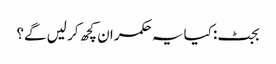
بجٹ: کیا یہ حکمران کچھ کر لیں گے؟